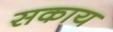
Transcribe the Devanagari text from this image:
सकाय